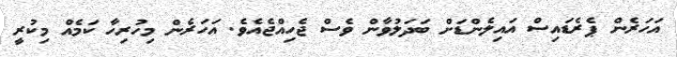
އަހަރެން ޕެރެޑައިސް އައިލެންޑަށް ބަދަލުވާން ވެސް ޖެހިއްޖެއެވެ. އަހަރެން މިހުރިހާ ކަމެއް މިކުރީ